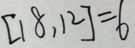
[ 1 8 , 1 2 ] = 6